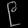
Digit: ၉